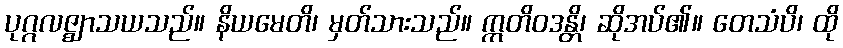
ပုဂ္ဂလဇ္ဈာသယသည်။ နိယမေတိ၊ မှတ်သားသည်။ ဣတိဝဒန္တိ၊ ဆိုအပ်၏။ တေသံပိ၊ ထို